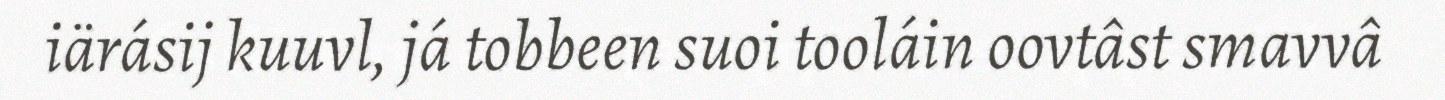
iärásij kuuvl, já tobbeen suoi tooláin oovtâst smavvâ